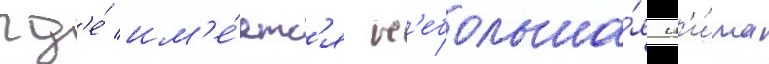
гд'е́ им'е́етс'я н'ебольша́я н'и́ша